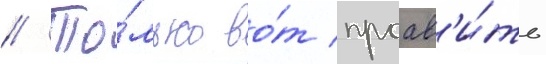
// То́лько во́т проав'и́ть